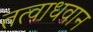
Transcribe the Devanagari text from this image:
तत्वाधवान